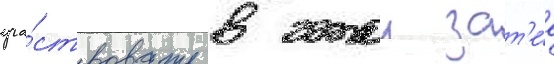
уча́ствовать в этои зат'е́е